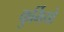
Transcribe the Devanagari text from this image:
कुर्मियो